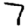
Digit: 7